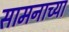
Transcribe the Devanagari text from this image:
सामनाच्या